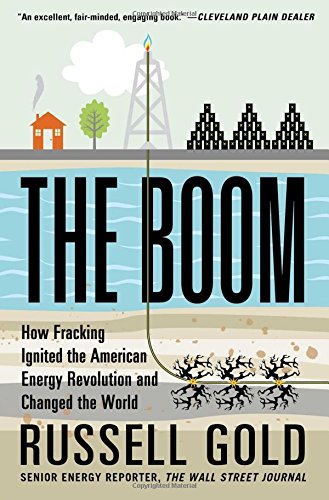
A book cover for The Boom: How Fracking Ignited the American Energy Revolution and Changed the World; Russell Gold; Engineering & Transportation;